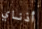
أذناي